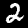
Digit: 2